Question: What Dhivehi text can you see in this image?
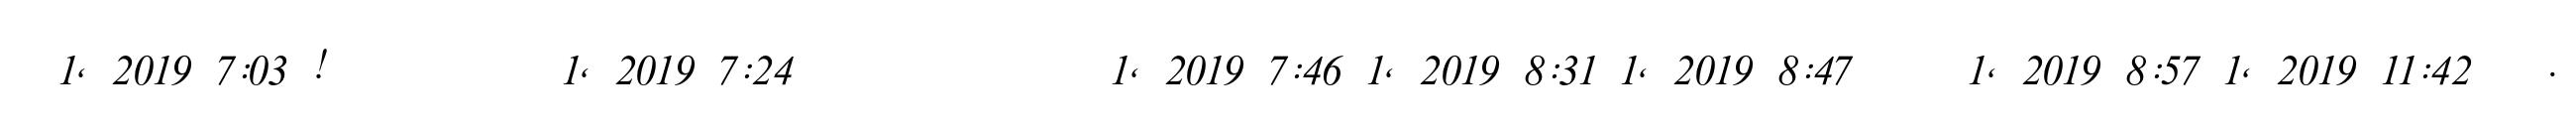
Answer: ? 1, 2019 7:03 ! ??????????? 1, 2019 7:24 ??? ???? ?????? 1, 2019 7:46 1, 2019 8:31 1, 2019 8:47 ???? 1, 2019 8:57 1, 2019 11:42 ???.